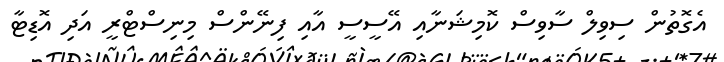
އެގޮތުން ސިވިލް ސާވިސް ކޮމިޝަނާއި އޭސީސީ އާއި ފިނޭންސް މިނިސްޓްރީ އަދި އޮޑިޓާ